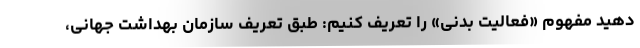
دهید مفهوم «فعالیت بدنی» را تعریف کنیم: طبق تعریف سازمان بهداشت جهانی،